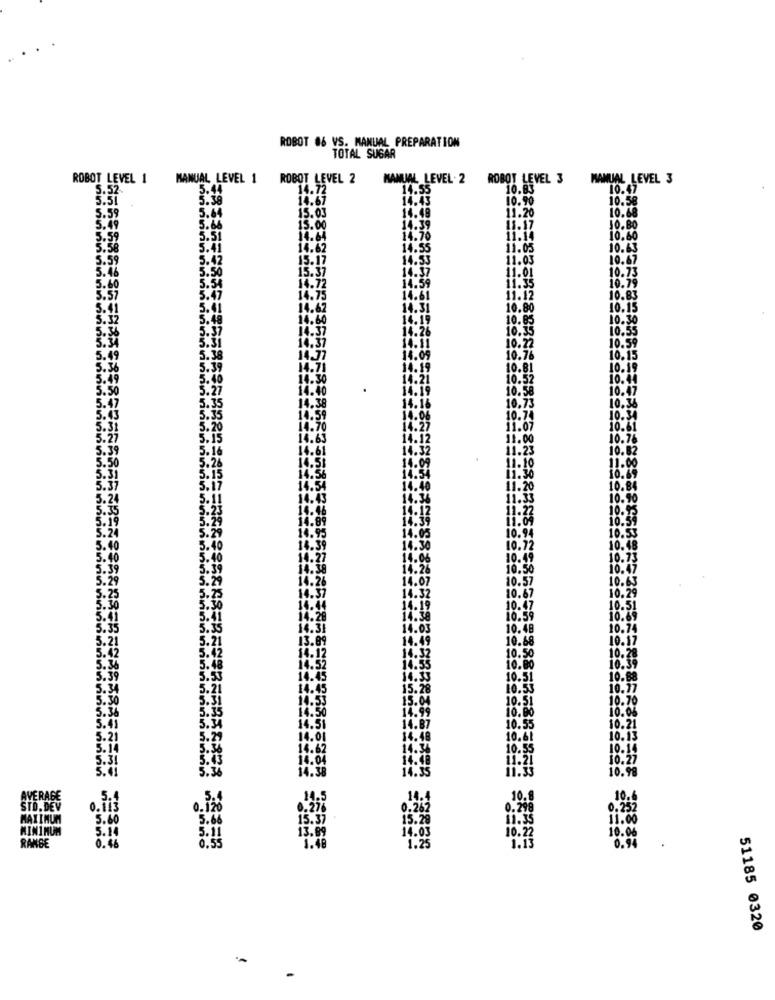
ROBOT 86 VS. MANUAL PREPARATION
TOTAL SUGAR
ROBOT LEVEL 1
MANUAL LEVEL 1
ROBOT LEVEL 2
MANUAL LEVEL . 2
ROBOT LEVEL 3
MANUAL LEVEL 3
5.52
5.44
14.72
14.55
10.83
10.47
5.51
5.38
14.67
14.43
10.90
10.58
5.64
11.20
10.68
5.59
15.03
14.48
5.49
5.66
15.00
14.39
18.17
J0.BO
1.59
5.51
14.64
14.70
11.14
10.60
.58
5.41
14.62
14.55
11.05
10.63
5.59
5.42
15.17
14.53
11.03
10.67
5.46
5.50
15.37
14.37
11.01
10.73
5.54
14.72
14.59
10.79
5.6
11.35
5.57
5.47
14.75
14.61
11.12
10.83
5.41
14.62
14.31
10.80
10.15
5.48
14.60
14.19
10.85
10.30
5.37
14.37
14.26
10.35
10.55
5.31
14.37
14.11
10.59
10.22
5.38
14.77
14.09
10.76
10.15
5.39
14.71
4.19
10.81
10.19
5.40
14.30
4.21
10.52
10.44
5.27
14.40
10.58
10.47
14.38
.16
10.36
5.35
10.73
5.35
14.59
4.06
10.74
10.34
14.70
14.27
11.07
10.61
14.63
14.12
11.00
10.76
14.61
14.32
11.23
10.82
14.51
14.09
11.10
11.00
14.56
14.54
11.30
10.69
14.54
14.40
11.20
10.84
14.43
14.36
11.33
10.90
14.46
14.12
11.22
10.5
4.89
14.39
11.09
4.95
10.53
14.05
10.94
5.40
14.39
14.30
10.72
10.48
5.40
4.27
4.06
10.49
10.73
5.39
4.26
10.50
10.47
5.2
14.26
1.07
10.57
10.6
14.37
4.32
10.29
5.25
10.67
5.30
14.44
4.19
10.47
10.51
5.41
14.20
.38
10.59
10.69
5.35
14.31
14.03
10.48
10.74
5.21
13.89
14.49
10.68
10.17
5.42
14.12
14.32
10.50
10.28
14.52
14.55
10.00
10.39
14.45
14.33
10.51
10.88
14.45
15.28
10.53
10.77
14.55
15.04
10.51
10.70
14.50
14.99
10.00
10.06
5.41
14.51
5.3
14.87
10.55
10.21
5.2
14.01
14.48
10.61
10.13
14.62
14.34
10. 55
10.14
14.04
11.21
10.27
5.36
14.38
14.35
10.99
AVERAGE
14.5
10.8
STD.DEV
o. it
0.120
0.25%
0.282
0.298
0,252
MAXIMUM
5.60
15.37
15.28
11.35
MINIMUM
5.14
5.11
13.89
14.03
10.22
0.46
1.48
1.25
10.06
RANGE
0.55
51185 0320